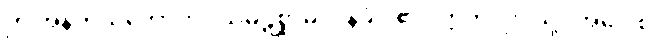
ဤအနက်သဘောကို။ သမ္ပဋိစ္ဆာမိ၊ ဝန်ခံပါ၏။ ဣတိ၊ ဤသို့။ အဝေါစ၊